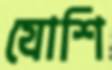
যোশি